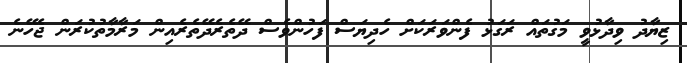
ޒިޔާދު ވިދާޅުވީ މަގުތައް ރަގަޅު ފެންވަރަކަށް ހެދިޔަސް ފަހުންވެސް ދޭތެރެދޭތެރެއިން މަރާމާތުކުރަން ޖެހޭނެ